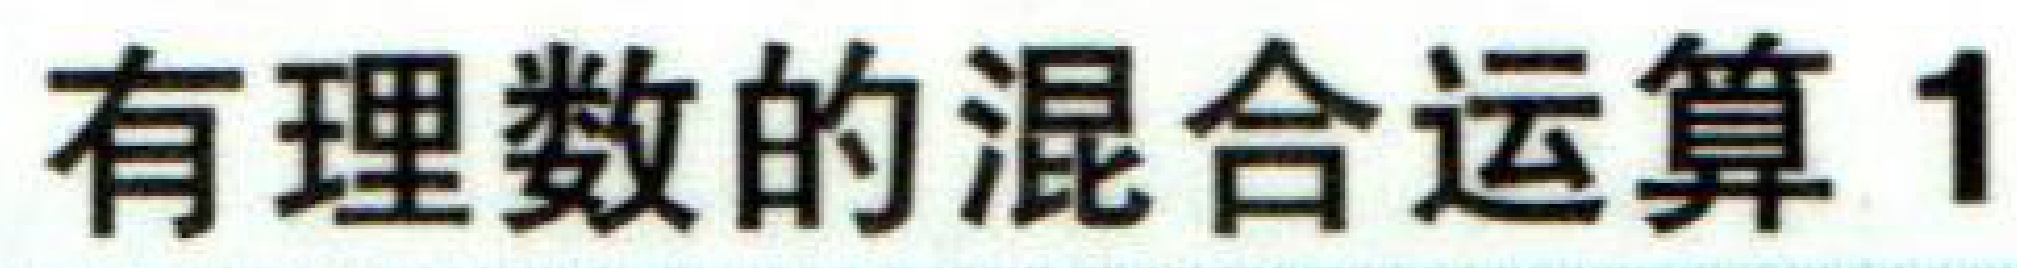
有理数的混合运算1